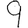
Digit: 9